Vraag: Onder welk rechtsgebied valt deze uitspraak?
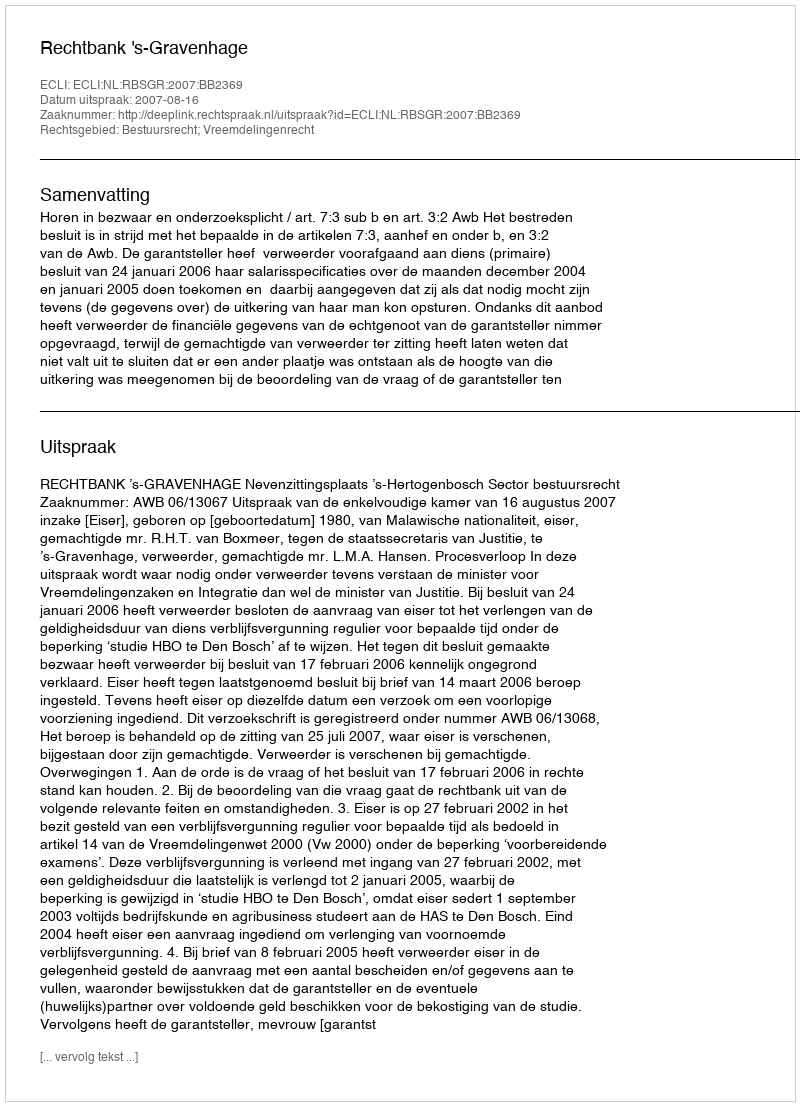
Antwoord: Bestuursrecht; Vreemdelingenrecht